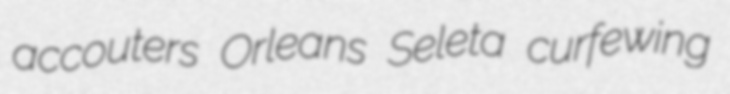
accouters Orleans Seleta curfewing